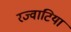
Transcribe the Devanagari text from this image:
रज्वाटिया